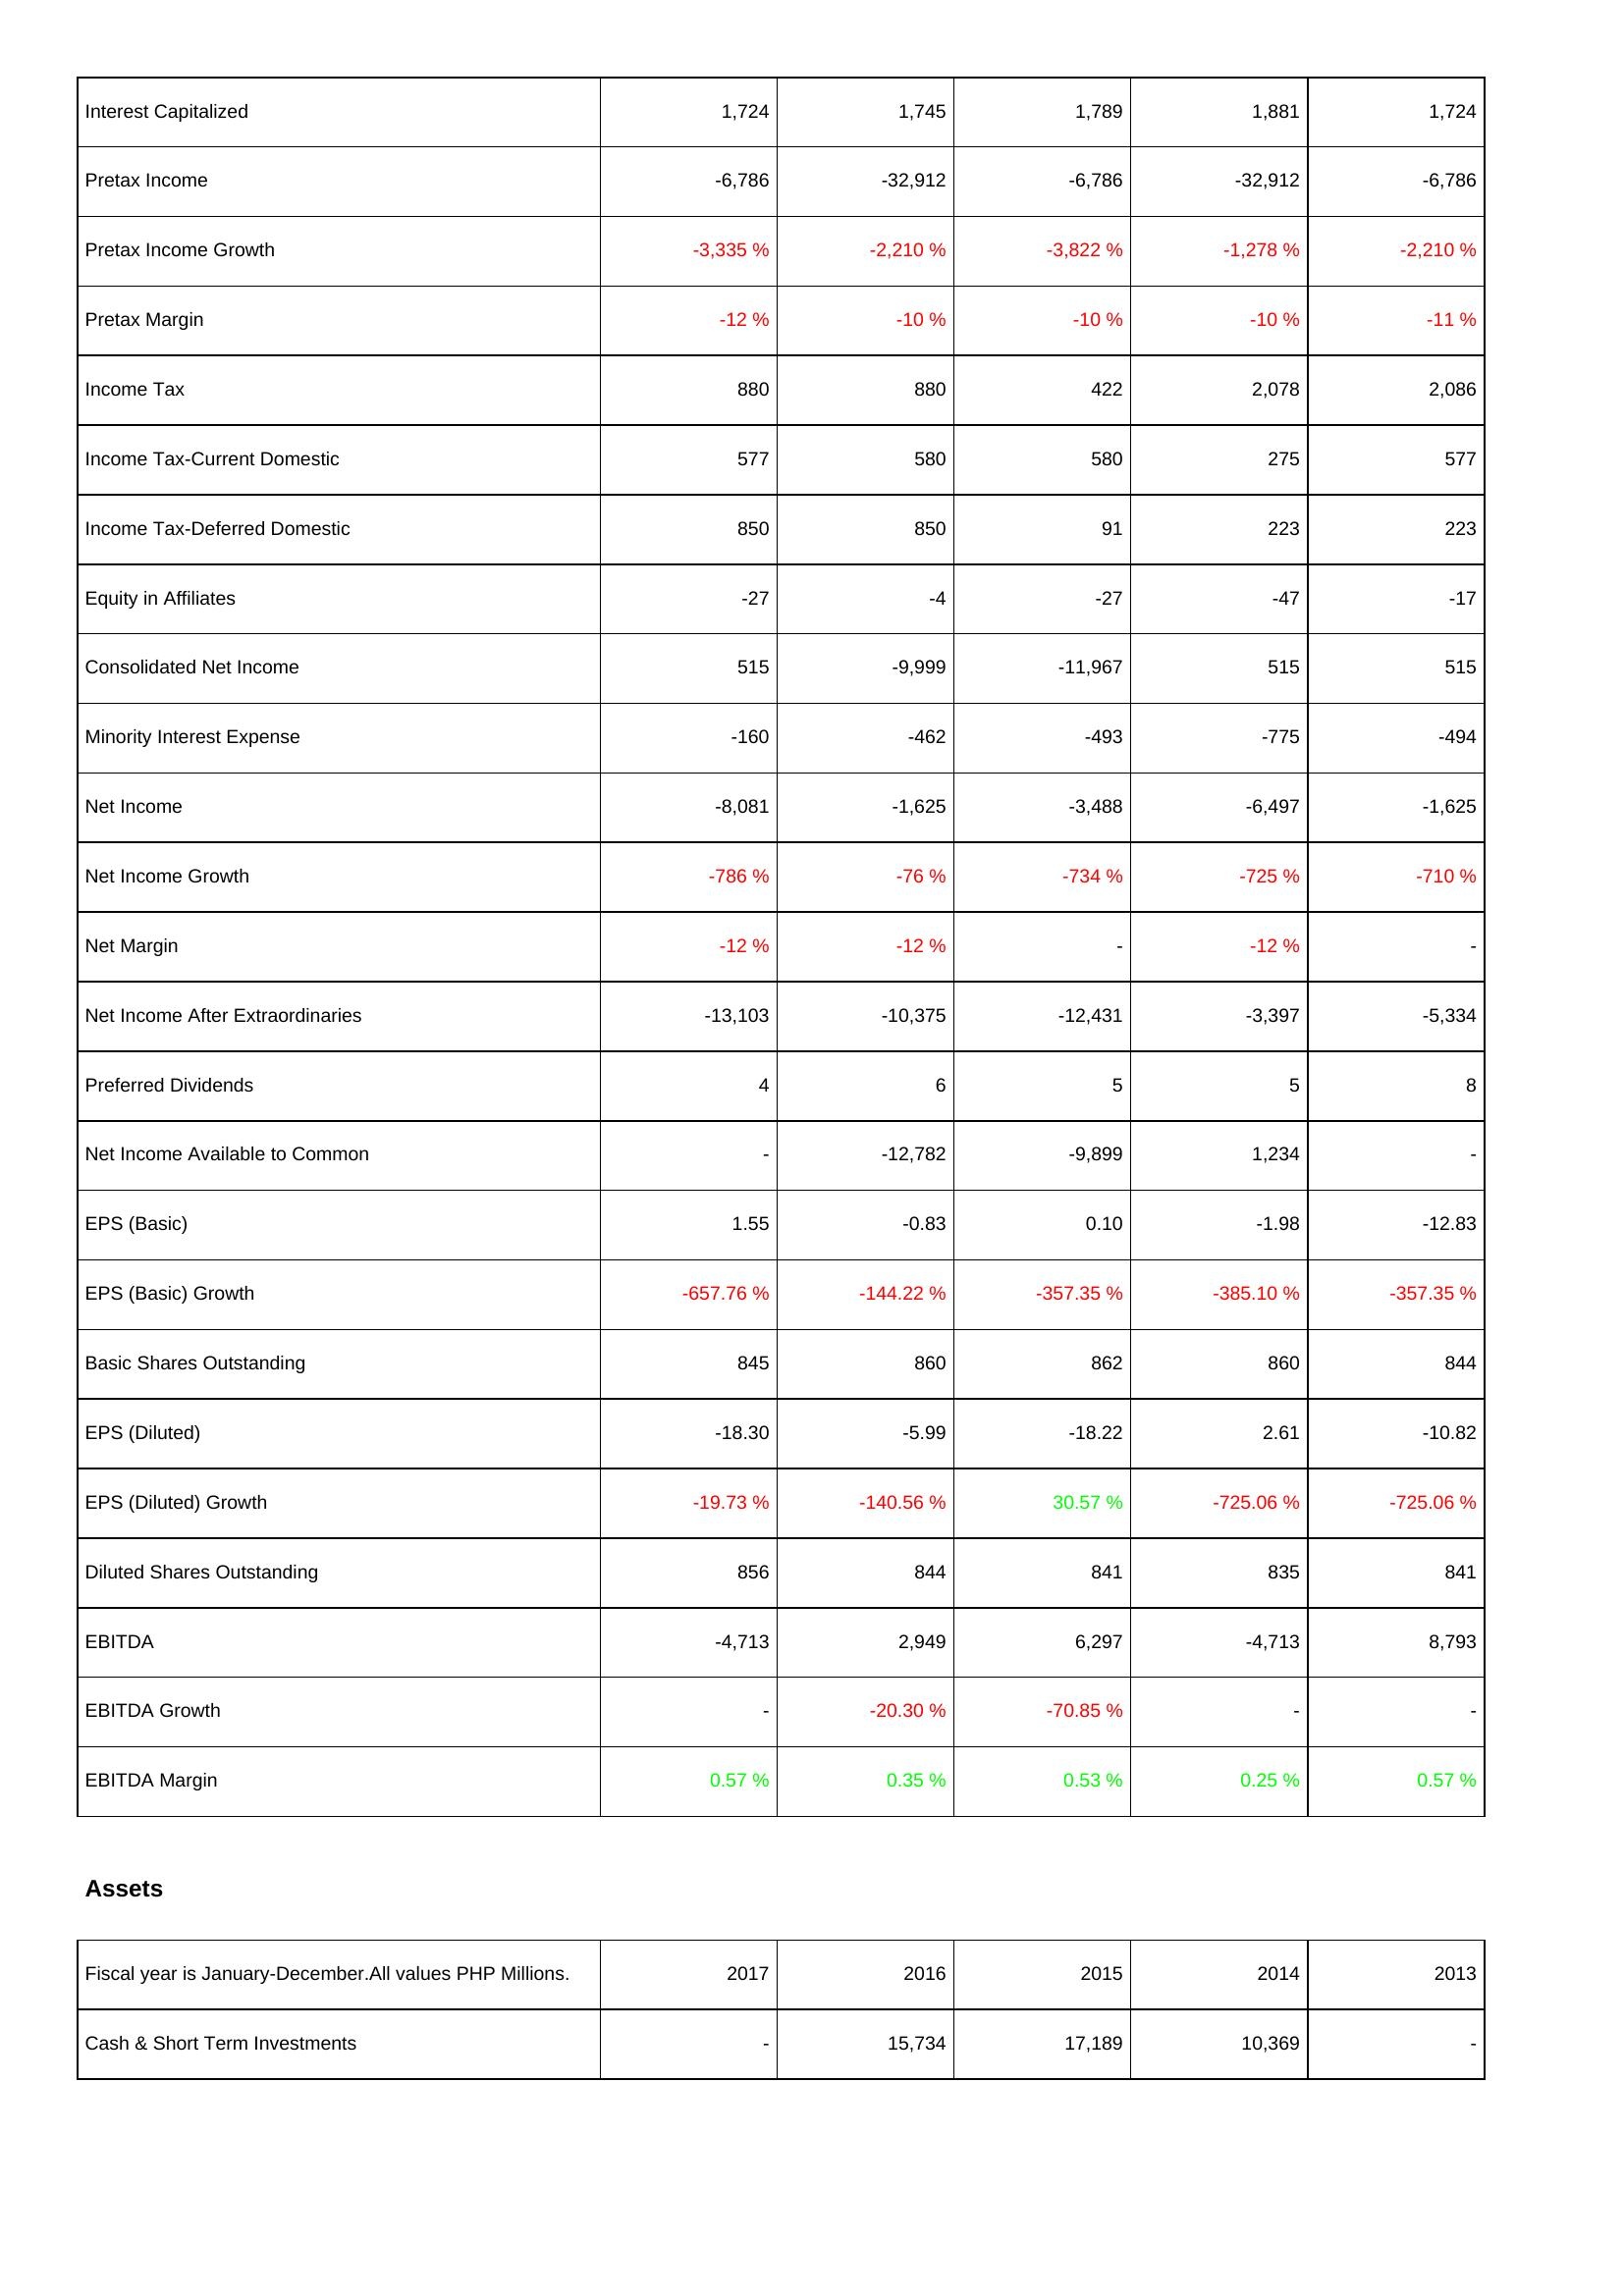
2017: Income Statement: Interest Capitalized: 1,724
Pretax Income: -6,786
Pretax Income Growth: -3,335 %
Pretax Margin: -12 %
Income Tax: 880
Income Tax-Current Domestic: 577
Income Tax-Deferred Domestic: 850
Equity in Affiliates: -27
Consolidated Net Income: 515
Minority Interest Expense: -160
Net Income: -8,081
Net Income Growth: -786 %
Net Margin: -12 %
Net Income After Extraordinaries: -13,103
Preferred Dividends: 4
Net Income Available to Common: -
EPS (Basic): 1.55
EPS (Basic) Growth: -657.76 %
Basic Shares Outstanding: 845
EPS (Diluted): -18.30
EPS (Diluted) Growth: -19.73 %
Diluted Shares Outstanding: 856
EBITDA: -4,713
EBITDA Growth: -
EBITDA Margin: 0.57 %
Assets: Cash & Short Term Investments: -
2016: Income Statement: Interest Capitalized: 1,745
Pretax Income: -32,912
Pretax Income Growth: -2,210 %
Pretax Margin: -10 %
Income Tax: 880
Income Tax-Current Domestic: 580
Income Tax-Deferred Domestic: 850
Equity in Affiliates: -4
Consolidated Net Income: -9,999
Minority Interest Expense: -462
Net Income: -1,625
Net Income Growth: -76 %
Net Margin: -12 %
Net Income After Extraordinaries: -10,375
Preferred Dividends: 6
Net Income Available to Common: -12,782
EPS (Basic): -0.83
EPS (Basic) Growth: -144.22 %
Basic Shares Outstanding: 860
EPS (Diluted): -5.99
EPS (Diluted) Growth: -140.56 %
Diluted Shares Outstanding: 844
EBITDA: 2,949
EBITDA Growth: -20.30 %
EBITDA Margin: 0.35 %
Assets: Cash & Short Term Investments: 15,734
2015: Income Statement: Interest Capitalized: 1,789
Pretax Income: -6,786
Pretax Income Growth: -3,822 %
Pretax Margin: -10 %
Income Tax: 422
Income Tax-Current Domestic: 580
Income Tax-Deferred Domestic: 91
Equity in Affiliates: -27
Consolidated Net Income: -11,967
Minority Interest Expense: -493
Net Income: -3,488
Net Income Growth: -734 %
Net Margin: -
Net Income After Extraordinaries: -12,431
Preferred Dividends: 5
Net Income Available to Common: -9,899
EPS (Basic): 0.10
EPS (Basic) Growth: -357.35 %
Basic Shares Outstanding: 862
EPS (Diluted): -18.22
EPS (Diluted) Growth: 30.57 %
Diluted Shares Outstanding: 841
EBITDA: 6,297
EBITDA Growth: -70.85 %
EBITDA Margin: 0.53 %
Assets: Cash & Short Term Investments: 17,189
2014: Income Statement: Interest Capitalized: 1,881
Pretax Income: -32,912
Pretax Income Growth: -1,278 %
Pretax Margin: -10 %
Income Tax: 2,078
Income Tax-Current Domestic: 275
Income Tax-Deferred Domestic: 223
Equity in Affiliates: -47
Consolidated Net Income: 515
Minority Interest Expense: -775
Net Income: -6,497
Net Income Growth: -725 %
Net Margin: -12 %
Net Income After Extraordinaries: -3,397
Preferred Dividends: 5
Net Income Available to Common: 1,234
EPS (Basic): -1.98
EPS (Basic) Growth: -385.10 %
Basic Shares Outstanding: 860
EPS (Diluted): 2.61
EPS (Diluted) Growth: -725.06 %
Diluted Shares Outstanding: 835
EBITDA: -4,713
EBITDA Growth: -
EBITDA Margin: 0.25 %
Assets: Cash & Short Term Investments: 10,369
2013: Income Statement: Interest Capitalized: 1,724
Pretax Income: -6,786
Pretax Income Growth: -2,210 %
Pretax Margin: -11 %
Income Tax: 2,086
Income Tax-Current Domestic: 577
Income Tax-Deferred Domestic: 223
Equity in Affiliates: -17
Consolidated Net Income: 515
Minority Interest Expense: -494
Net Income: -1,625
Net Income Growth: -710 %
Net Margin: -
Net Income After Extraordinaries: -5,334
Preferred Dividends: 8
Net Income Available to Common: -
EPS (Basic): -12.83
EPS (Basic) Growth: -357.35 %
Basic Shares Outstanding: 844
EPS (Diluted): -10.82
EPS (Diluted) Growth: -725.06 %
Diluted Shares Outstanding: 841
EBITDA: 8,793
EBITDA Growth: -
EBITDA Margin: 0.57 %
Assets: Cash & Short Term Investments: -